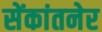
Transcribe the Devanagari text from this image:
सेंकांतनेर